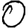
Digit: 0